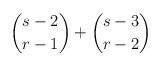
LaTeX: \begin{align*}\binom{s-2}{r-1} + \binom{s-3}{r-2} \end{align*}